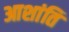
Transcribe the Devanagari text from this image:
आशांति